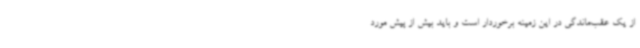
از یک عقب‌ماندگی در این زمینه برخوردار است و باید بیش از پیش مورد